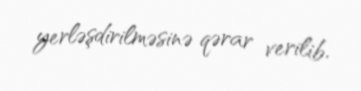
yerləşdirilməsinə qərar verilib.